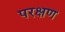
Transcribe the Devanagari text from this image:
परक्षण